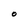
Character: O